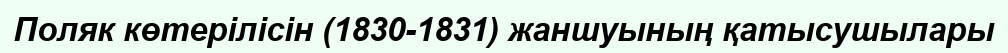
Поляк көтерілісін (1830-1831) жаншуының қатысушылары